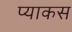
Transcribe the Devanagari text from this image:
प्याकस